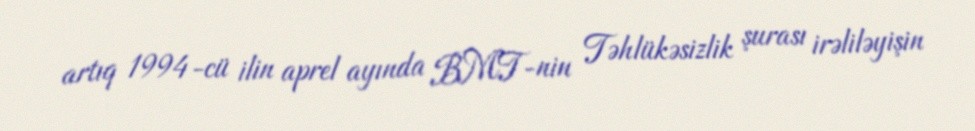
artıq 1994-cü ilin aprel ayında BMT-nin Təhlükəsizlik şurası irəliləyişin